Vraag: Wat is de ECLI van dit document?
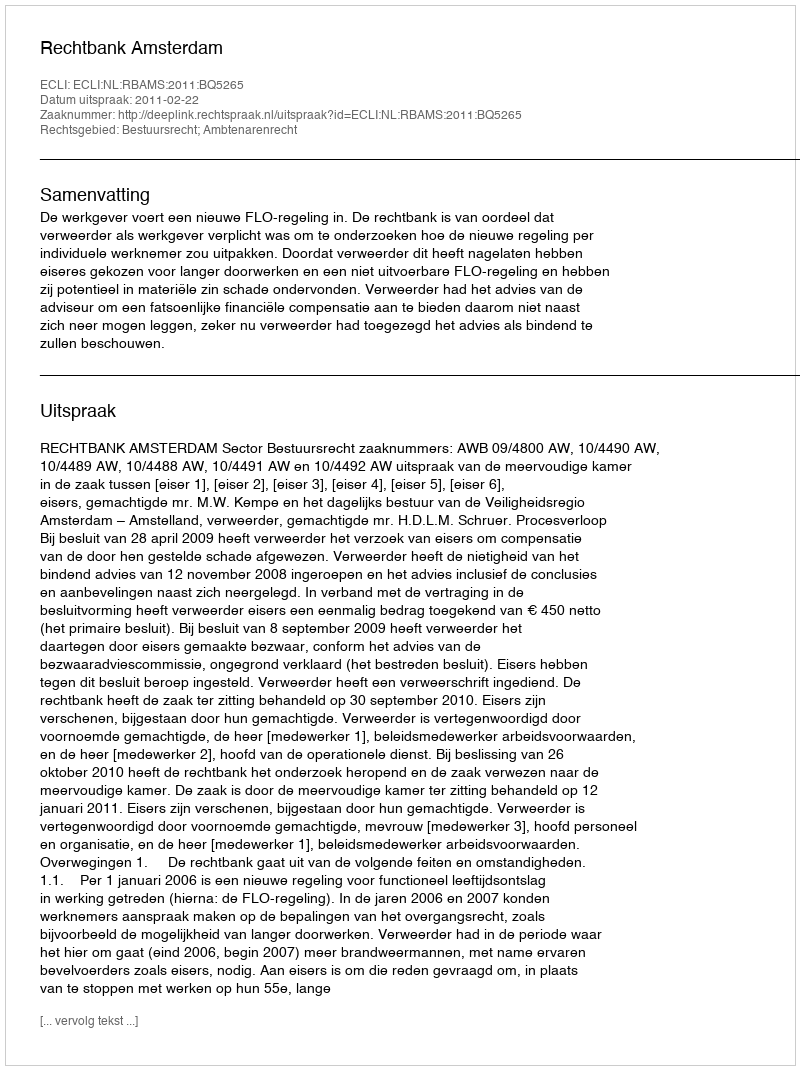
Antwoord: ECLI:NL:RBAMS:2011:BQ5265